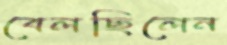
বেলছিলেন